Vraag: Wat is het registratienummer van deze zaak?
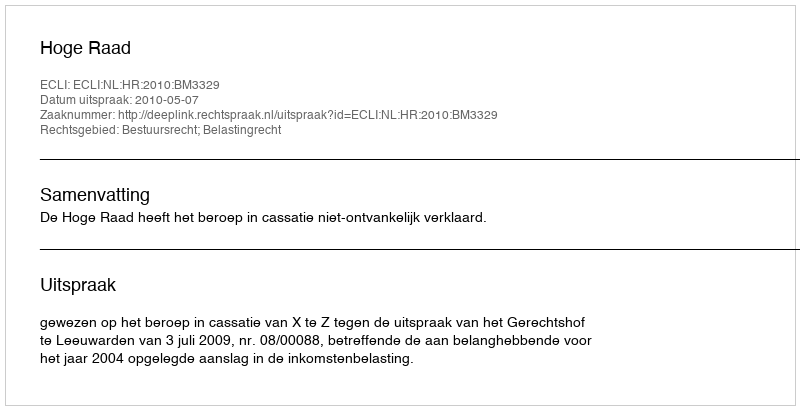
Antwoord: http://deeplink.rechtspraak.nl/uitspraak?id=ECLI:NL:HR:2010:BM3329